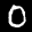
Label: 0